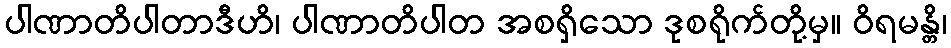
ပါဏာတိပါတာဒီဟိ၊ ပါဏာတိပါတ အစရှိသော ဒုစရိုက်တို့မှ။ ဝိရမန္တိ၊